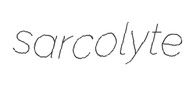
sarcolyte